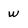
Character: w